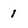
Character: 1